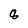
Character: 8